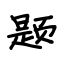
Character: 题